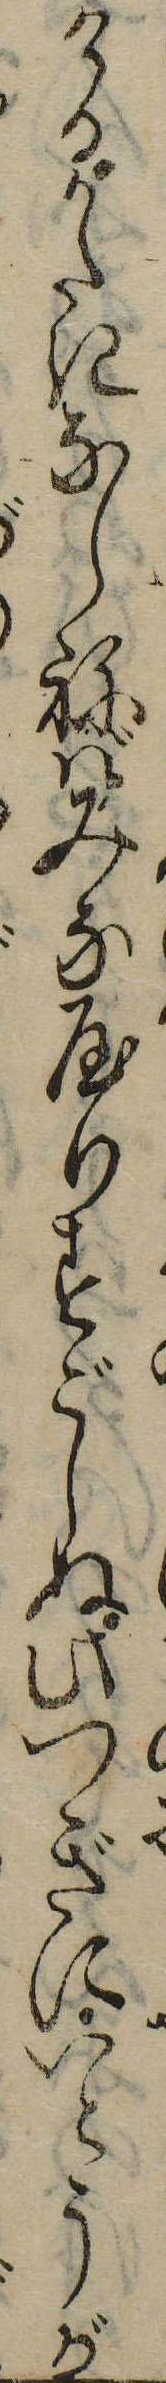
けるかたきならねばみなやりすごしぬ此つぎにいとうが